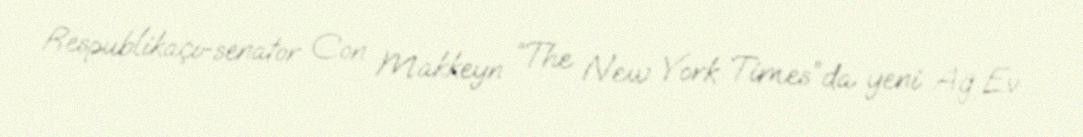
Respublikaçı-senator Con Makkeyn “The New York Times”da yeni Ağ Ev